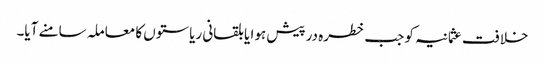
خلافت عثمانیہ کو جب خطرہ درپیش ہوا یا بلقانی ریاستوں کا معاملہ سامنے آیا۔